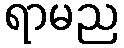
ရာမည